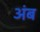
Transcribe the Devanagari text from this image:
अंब